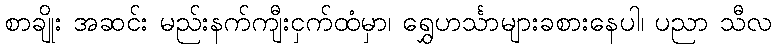
စာချိုး အဆင်း မည်းနက်ကျီးငှက်ထံမှာ၊ ရွှေဟင်္သာများခစားနေပါ၊ ပညာ သီလ